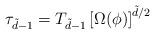
LaTeX: \begin{align*}\tau_{\tilde d -1} = T_{\tilde d -1} \left [ \Omega(\phi) \right ]^{\tilde d/2}\end{align*}